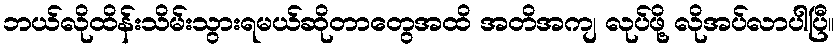
ဘယ်လိုထိန်းသိမ်းသွားရမယ်ဆိုတာတွေအထိ အတိအကျ လုပ်ဖို့ လိုအပ်လာပါပြီ။